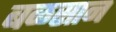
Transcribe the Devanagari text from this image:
बळसान